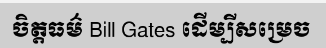
ចិត្តធម៌ Bill Gates ដើម្បីសម្រេច